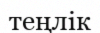
теңлік